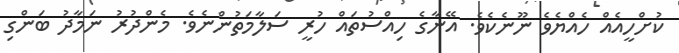
ކުށްހީއެއް ހެއްޔެވެ ނޫނެކެވެ. އޭނާގެ ހިއްސުތައް ހުރީ ސަލާމަތުންނެވެ. މެންދުރު ނަމާދު ބަންގި